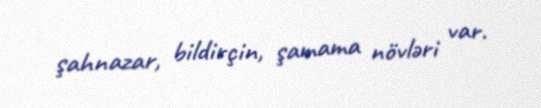
şahnazar, bildirçin, şamama növləri var.